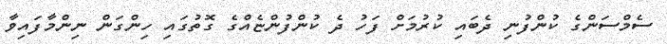
ސެމްސަންގެ ކުންފުނި ދެބައި ކުރުމަށް ފަހު ދެ ކުންފުންޏެއްގެ ގޮތުގައި ހިންގަން ނިންމާފައިވާ